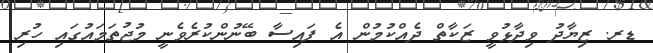
ޑރ. ޒިޔާދު ވިދާޅުވީ ޒަކާތް ދެއްކުމުން އެ ފައިސާ ބޭނުންކުރެވެނީ މުޖުތަމައުގައި ހުރި